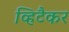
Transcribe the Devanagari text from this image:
व्हिटैकर